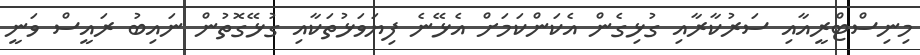
މިނިސްޓްރީއާއި ސަރުކާރާއި ގުޅިގެން އެކަންކަމަށް އެޅޭނެ ފިޔަވަޅުތަކާއި ގުޅޭގޮތުން ނައިބު ރައީސް ވަނީ